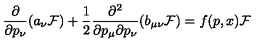
\frac { \partial } { \partial p _ { \nu } } ( a _ { \nu } { \cal F } ) + \frac { 1 } { 2 } \frac { \partial ^ { 2 } } { \partial p _ { \mu } \partial p _ { \nu } } ( b _ { \mu \nu } { \cal F } ) = f ( p , x ) { \cal F }